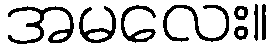
အမလေး။